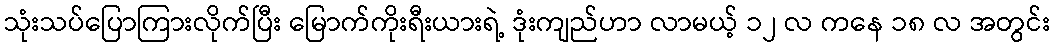
သုံးသပ်ပြောကြားလိုက်ပြီး မြောက်ကိုးရီးယားရဲ့ ဒုံးကျည်ဟာ လာမယ့် ၁၂ လ ကနေ ၁၈ လ အတွင်း